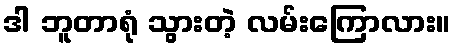
ဒါ ဘူတာရုံ သွားတဲ့ လမ်းကြောလား။